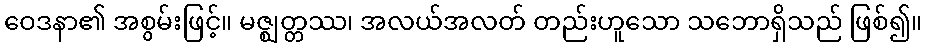
ဝေဒနာ၏ အစွမ်းဖြင့်။ မဇ္ဈတ္တဿ၊ အလယ်အလတ် တည်းဟူသော သဘောရှိသည် ဖြစ်၍။